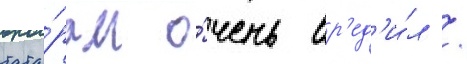
тата́рам о́чень вр'ед'и́л /